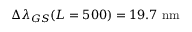
\Delta \lambda _ { G S } ( L = 5 0 0 ) = 1 9 . 7 ~ \mathrm { n m }